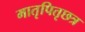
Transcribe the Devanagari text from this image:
मातृपितृछत्र